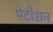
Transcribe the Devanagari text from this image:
पेटीशन